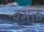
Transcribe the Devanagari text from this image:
वभक्त